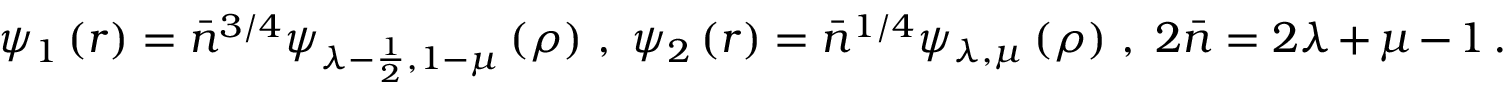
\psi _ { 1 } \left( r \right) = \bar { n } ^ { 3 / 4 } \psi _ { \lambda - \frac { 1 } { 2 } , 1 - \mu } \left( \rho \right) \, , \; \psi _ { 2 } \left( r \right) = \bar { n } ^ { 1 / 4 } \psi _ { \lambda , \mu } \left( \rho \right) \, , \; 2 \bar { n } = 2 \lambda + \mu - 1 \, .